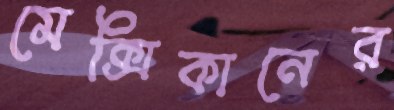
মেক্সিকানের